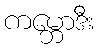
ကမ္ဘောဒီး